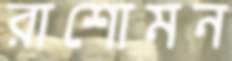
রাশোমন